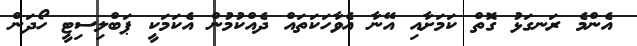
އެންމެ ރަނގަޅު ގޮތް ކަމަށާއި އޭނާ އެވާހަކަތައް ދެއްކުމުން އެކަމަކީ ޕަބްލިސިޓީ ހޯދަން